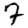
Digit: 7